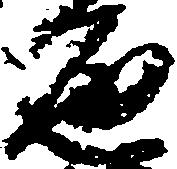
遍